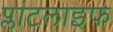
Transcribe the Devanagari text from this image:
प्लांटलाइफ